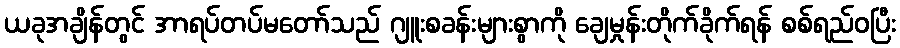
ယခုအချိန်တွင် အာရပ်တပ်မတော်သည် ဂျူးစခန်းများစွာကို ချေမှုန်းတိုက်ခိုက်ရန် စစ်ရည်ဝပြီး